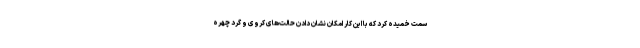
سمت خمیده کرد که با این کار امکان نشان دادن حالت‌های کروی و گرد چهره